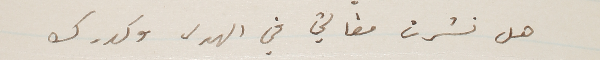
هل نشرت مقالتي في الهدى وكدرك